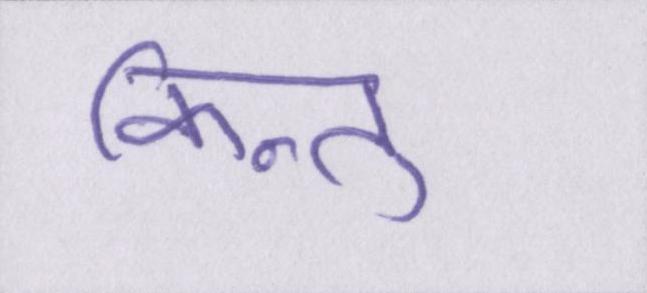
किन्तु